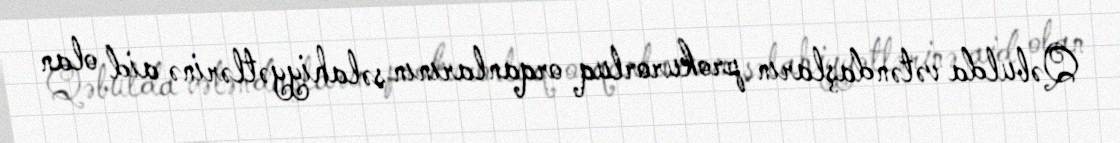
Qəbulda vətəndaşların prokurorluq orqanlarının səlahiyyətlərinə aid olan